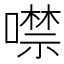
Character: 噤